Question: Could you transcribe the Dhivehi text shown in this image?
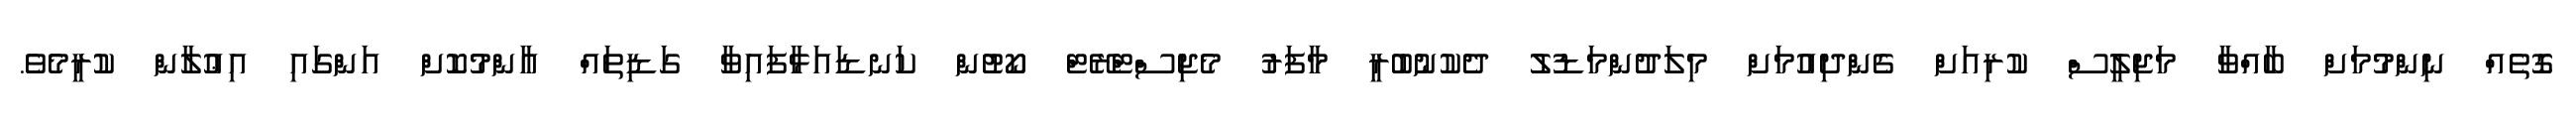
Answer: ގޮތެއް ނިންމުމަށް ބާއްވާ މަޖިލީސް ކުރިއަށް ގެންދިއުމަށް މިލަދުންމަޑުލު ދެކުނުބުރީ މާފަރު މެޖިސްޓްރޭޓް ކޯޓުން ކަނޑައަޅާފައިވާ ގަޑިތައް އާންމުކޮށް އަންގައި އިޢުލާން ކުރީމެވެ.